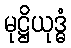
မုဋ္ဌိယုဒ္ဓံ